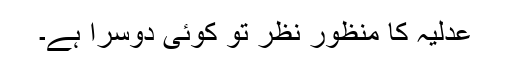
عدلیہ کا منظور نظر تو کوئی دوسرا ہے۔